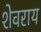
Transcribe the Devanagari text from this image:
शेवराय